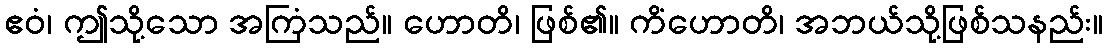
ဧဝံ၊ ဤသို့သော အကြံသည်။ ဟောတိ၊ ဖြစ်၏။ ကိံဟောတိ၊ အဘယ်သို့ဖြစ်သနည်း။